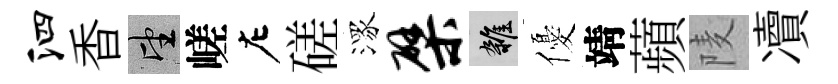
泗香望嵯左磋潈檗雜優靖蘋𨹧凟